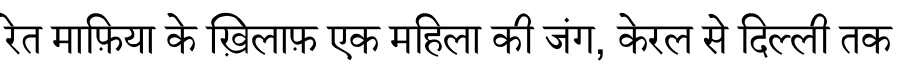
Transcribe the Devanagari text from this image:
रेत माफ़िया के ख़िलाफ़ एक महिला की जंग, केरल से दिल्ली तक